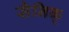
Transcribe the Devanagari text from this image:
सैनिक्